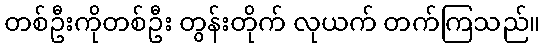
တစ်ဦးကိုတစ်ဦး တွန်းတိုက် လုယက် တက်ကြသည်။